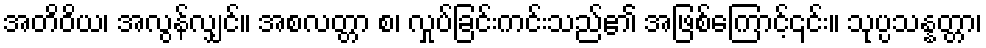
အတိဝိယ၊ အလွန်လျှင်။ အစလတ္တာ စ၊ လှုပ်ခြင်းကင်းသည်၏ အဖြစ်ကြောင့်၎င်း။ သုပ္ပသန္နတ္တာ၊